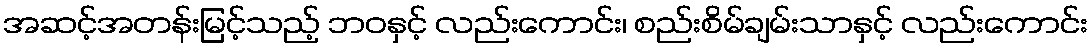
အဆင့်အတန်းမြင့်သည့် ဘဝနှင့် လည်းကောင်း၊ စည်းစိမ်ချမ်းသာနှင့် လည်းကောင်း